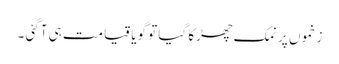
زخموں پر نمک چھڑکا گیا تو گویا قیامت ہی آگئی ۔